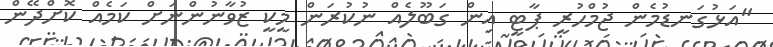
"އަޅުގަނޑުމެން ޖުމްހުރީ ޕާޓީ އިން ގަބޫލެއް ނުކުރަން މީކީ ޒުވާނުންނަށް ކަމެއް ކޮށްދޭން